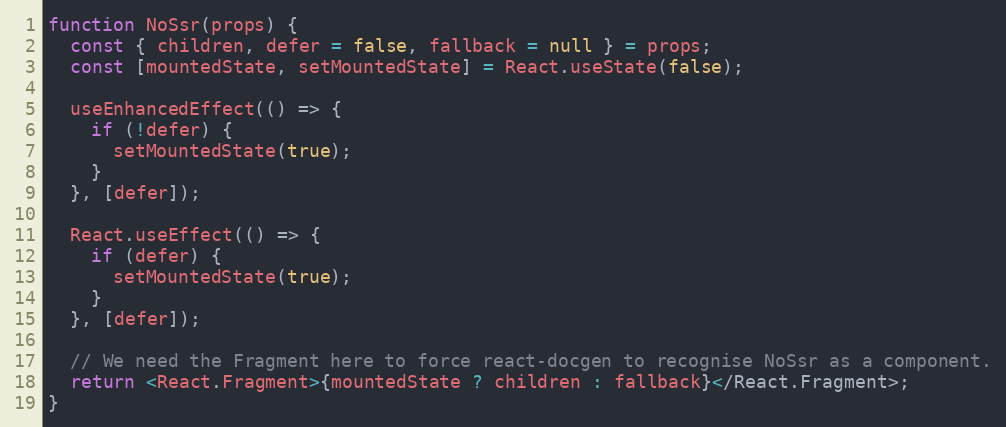
Language: JavaScript
function NoSsr(props) {
  const { children, defer = false, fallback = null } = props;
  const [mountedState, setMountedState] = React.useState(false);

  useEnhancedEffect(() => {
    if (!defer) {
      setMountedState(true);
    }
  }, [defer]);

  React.useEffect(() => {
    if (defer) {
      setMountedState(true);
    }
  }, [defer]);

  // We need the Fragment here to force react-docgen to recognise NoSsr as a component.
  return <React.Fragment>{mountedState ? children : fallback}</React.Fragment>;
}